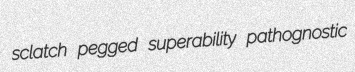
sclatch pegged superability pathognostic